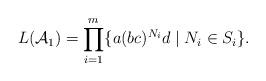
LaTeX: \begin{align*}L(\mathcal{A}_1) = \prod_{i=1}^m \{ a (bc)^{N_i} d \mid N_i \in S_i \} .\end{align*}